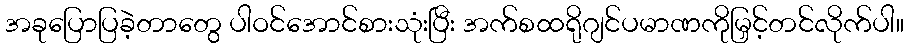
အခုပြောပြခဲ့တာတွေ ပါဝင်အောင်စားသုံးပြီး အက်စထရိုဂျင်ပမာဏကိုမြှင့်တင်လိုက်ပါ။